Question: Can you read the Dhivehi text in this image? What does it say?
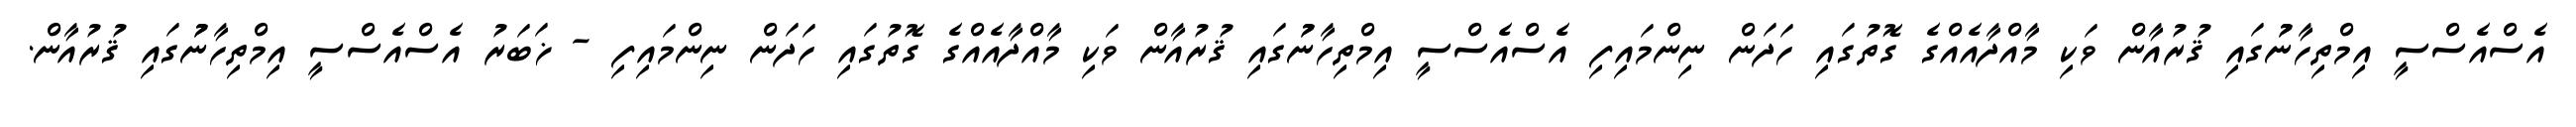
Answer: އެސްއެސްސީ އިމްތިހާނުުގައި ޤުރުއާން ވަކި މާއްދާއެއްގެ ގޮތުގައި ހަދަން ނިންމައިފި އެސްއެސްސީ އިމްތިހާނުުގައި ޤުރުއާން ވަކި މާއްދާއެއްގެ ގޮތުގައި ހަދަން ނިންމައިފި - ޚަބަރު އެސްއެސްސީ އިމްތިހާނުުގައި ޤުރުއާން.